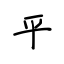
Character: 平